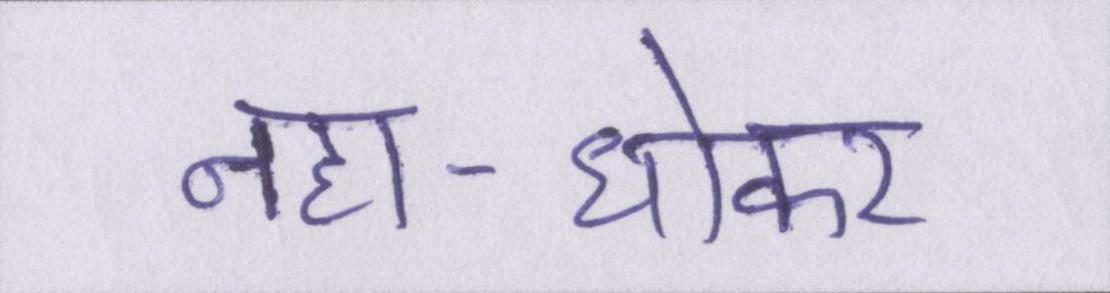
नहा-धोकर